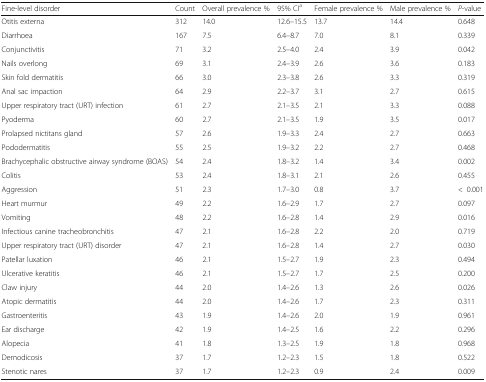
<table><thead><tr><td><b>Fine-level disorder</b></td><td><b>Count</b></td><td><b>Overall prevalence %</b></td><td><b>95% CI<sup>a</sup></b></td><td><b>Female prevalence %</b></td><td><b>Male prevalence %</b></td><td><b><i>P</i>-value</b></td></tr></thead><tbody><tr><td>Otitis externa</td><td>312</td><td>14.0</td><td>12.6–15.5</td><td>13.7</td><td>14.4</td><td>0.648</td></tr><tr><td>Diarrhoea</td><td>167</td><td>7.5</td><td>6.4–8.7</td><td>7.0</td><td>8.1</td><td>0.339</td></tr><tr><td>Conjunctivitis</td><td>71</td><td>3.2</td><td>2.5–4.0</td><td>2.4</td><td>3.9</td><td>0.042</td></tr><tr><td>Nails overlong</td><td>69</td><td>3.1</td><td>2.4–3.9</td><td>2.6</td><td>3.6</td><td>0.183</td></tr><tr><td>Skin fold dermatitis</td><td>66</td><td>3.0</td><td>2.3–3.8</td><td>2.6</td><td>3.3</td><td>0.319</td></tr><tr><td>Anal sac impaction</td><td>64</td><td>2.9</td><td>2.2–3.7</td><td>3.1</td><td>2.7</td><td>0.615</td></tr><tr><td>Upper respiratory tract (URT) infection</td><td>61</td><td>2.7</td><td>2.1–3.5</td><td>2.1</td><td>3.3</td><td>0.088</td></tr><tr><td>Pyoderma</td><td>60</td><td>2.7</td><td>2.1–3.5</td><td>1.9</td><td>3.5</td><td>0.017</td></tr><tr><td>Prolapsed nictitans gland</td><td>57</td><td>2.6</td><td>1.9–3.3</td><td>2.4</td><td>2.7</td><td>0.663</td></tr><tr><td>Pododermatitis</td><td>55</td><td>2.5</td><td>1.9–3.2</td><td>2.2</td><td>2.7</td><td>0.468</td></tr><tr><td>Brachycephalic obstructive airway syndrome (BOAS)</td><td>54</td><td>2.4</td><td>1.8–3.2</td><td>1.4</td><td>3.4</td><td>0.002</td></tr><tr><td>Colitis</td><td>53</td><td>2.4</td><td>1.8–3.1</td><td>2.1</td><td>2.6</td><td>0.455</td></tr><tr><td>Aggression</td><td>51</td><td>2.3</td><td>1.7–3.0</td><td>0.8</td><td>3.7</td><td>&lt;0.001</td></tr><tr><td>Heart murmur</td><td>49</td><td>2.2</td><td>1.6–2.9</td><td>1.7</td><td>2.7</td><td>0.097</td></tr><tr><td>Vomiting</td><td>48</td><td>2.2</td><td>1.6–2.8</td><td>1.4</td><td>2.9</td><td>0.016</td></tr><tr><td>Infectious canine tracheobronchitis</td><td>47</td><td>2.1</td><td>1.6–2.8</td><td>2.2</td><td>2.0</td><td>0.719</td></tr><tr><td>Upper respiratory tract (URT) disorder</td><td>47</td><td>2.1</td><td>1.6–2.8</td><td>1.4</td><td>2.7</td><td>0.030</td></tr><tr><td>Patellar luxation</td><td>46</td><td>2.1</td><td>1.5–2.7</td><td>1.9</td><td>2.3</td><td>0.494</td></tr><tr><td>Ulcerative keratitis</td><td>46</td><td>2.1</td><td>1.5–2.7</td><td>1.7</td><td>2.5</td><td>0.200</td></tr><tr><td>Claw injury</td><td>44</td><td>2.0</td><td>1.4–2.6</td><td>1.3</td><td>2.6</td><td>0.026</td></tr><tr><td>Atopic dermatitis</td><td>44</td><td>2.0</td><td>1.4–2.6</td><td>1.7</td><td>2.3</td><td>0.311</td></tr><tr><td>Gastroenteritis</td><td>43</td><td>1.9</td><td>1.4–2.6</td><td>2.0</td><td>1.9</td><td>0.961</td></tr><tr><td>Ear discharge</td><td>42</td><td>1.9</td><td>1.4–2.5</td><td>1.6</td><td>2.2</td><td>0.296</td></tr><tr><td>Alopecia</td><td>41</td><td>1.8</td><td>1.3–2.5</td><td>1.9</td><td>1.8</td><td>0.968</td></tr><tr><td>Demodicosis</td><td>37</td><td>1.7</td><td>1.2–2.3</td><td>1.5</td><td>1.8</td><td>0.522</td></tr><tr><td>Stenotic nares</td><td>37</td><td>1.7</td><td>1.2–2.3</td><td>0.9</td><td>2.4</td><td>0.009</td></tr></tbody></table>